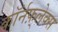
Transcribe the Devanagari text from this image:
कॉर्नफ़्लेक्स